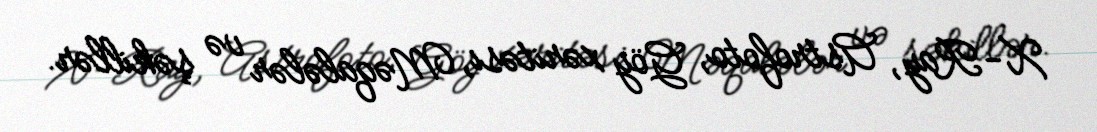
X-Ray, Astrofoto, Göy xəritəsi, Məqalələr və şəkillər.